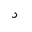
Letter: _dal